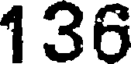
136